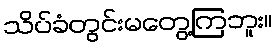
သိပ်ခံတွင်းမတွေ့ကြဘူး။